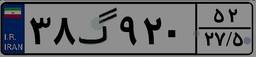
۳۸گ۹۲۰۵۲